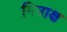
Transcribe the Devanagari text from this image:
मित्राक्ष